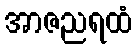
အာဇညရထံ